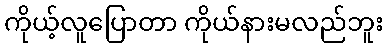
ကိုယ့်လူပြောတာ ကိုယ်နားမလည်ဘူး